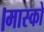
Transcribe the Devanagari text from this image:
।मास्को